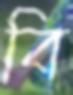
বি